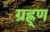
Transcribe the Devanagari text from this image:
ग्रह्र्ण